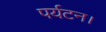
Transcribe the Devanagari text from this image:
पर्यटन।